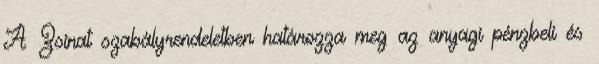
A Zsinat szabályrendeletben határozza meg az anyagi pénzbeli és